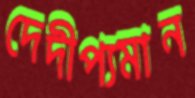
দেদীপ্যমান